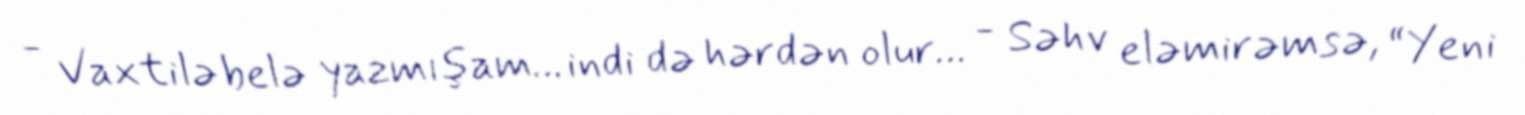
- Vaxtilə belə yazmışam… indi də hərdən olur… - Səhv eləmirəmsə, “Yeni